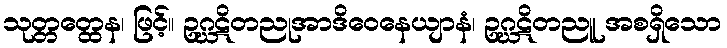
သုတ္တတ္ထေန၊ ဖြင့်။ ဥဂ္ဃဋိတညုအာဒိဝေနေယျာနံ၊ ဥဂ္ဃဋိတညူ အစရှိသော